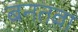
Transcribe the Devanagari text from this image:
बनतवा